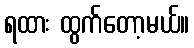
ရထား ထွက်တော့မယ်။